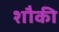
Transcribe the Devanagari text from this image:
शौकी